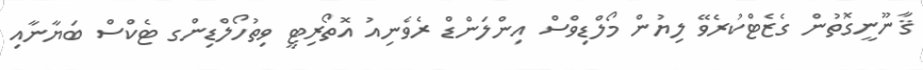
ޤާނޫނީގޮތުން ގެޒެޓްކުރެވޭ ލިޔުން މޯލްޑިވްސް އިންލަންޑް ރެވެނިއު އޮތޯރިޓީ ވިތުހޯލްޑިންގ ޓެކްސް ބަޔާނާއި